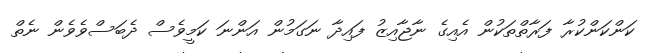
ކަންކަންކުރާ ފަރާތްތަކުން އެއިގެ ނާޖާއިޒު ފައިދާ ނަގަމުން އަންނަ ކަމީވެސް ދެބަސްވެވެން ނެތް